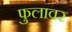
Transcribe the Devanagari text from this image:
फुलावर